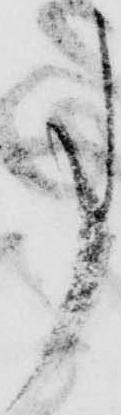
事